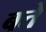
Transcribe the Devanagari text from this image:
बते